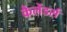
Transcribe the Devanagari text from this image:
कैलेंडर्स